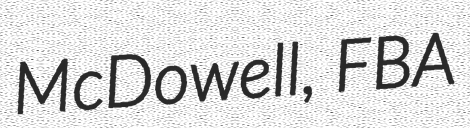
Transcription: McDowell, FBA